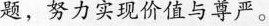
题，努力实现价值与尊严。